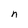
Character: n